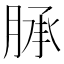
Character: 𦜎